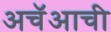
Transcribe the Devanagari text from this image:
अचॅआची